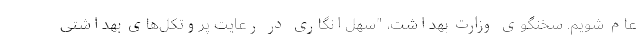
عام شویم. سخنگوی وزارت بهداشت، "سهل‌انگاری در رعایت پروتکل‌های بهداشتی